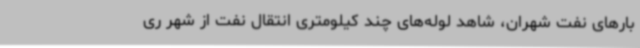
بارهای نفت شهران، شاهد لوله‌های چند کیلومتری انتقال نفت از شهر ری